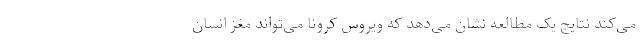
می‌کند نتایج یک مطالعه نشان می‌دهد که ویروس کرونا می‌تواند مغز انسان